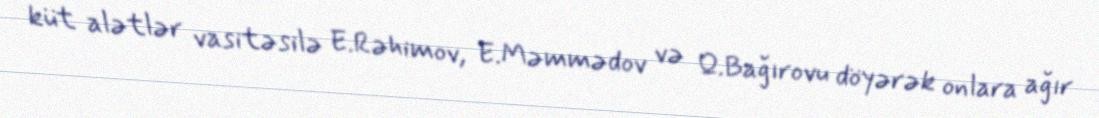
küt alətlər vasitəsilə E.Rəhimov, E.Məmmədov və Q.Bağırovu döyərək onlara ağır